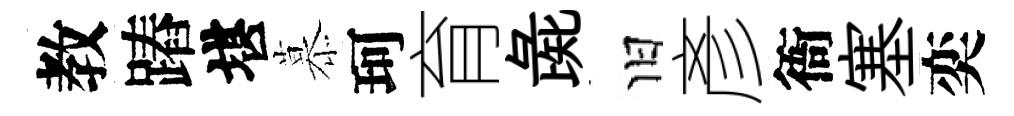
教蹖堪慕珂育彘旧彥衙塞奕